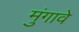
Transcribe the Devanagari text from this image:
मुंगावे